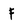
Character: F